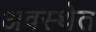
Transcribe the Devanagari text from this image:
अवस्‍थेत